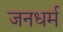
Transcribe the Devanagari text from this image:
जनधर्म